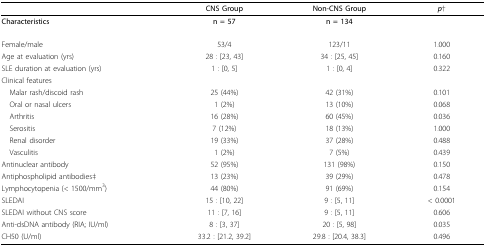
<table><thead><tr><td></td><td><b>CNS Group</b></td><td><b>Non-CNS Group</b></td><td><b><i>p</i>†</b></td></tr><tr><td><b>Characteristics</b></td><td><b>n = 57</b></td><td><b>n = 134</b></td><td></td></tr></thead><tbody><tr><td>Female/male</td><td>53/4</td><td>123/11</td><td>1.000</td></tr><tr><td>Age at evaluation (yrs)</td><td>28 : [23, 43]</td><td>34 : [25, 45]</td><td>0.160</td></tr><tr><td>SLE duration at evaluation (yrs)</td><td>1 : [0, 5]</td><td>1 : [0, 4]</td><td>0.322</td></tr><tr><td>Clinical features</td><td></td><td></td><td></td></tr><tr><td> Malar rash/discoid rash</td><td>25 (44%)</td><td>42 (31%)</td><td>0.101</td></tr><tr><td> Oral or nasal ulcers</td><td>1 (2%)</td><td>13 (10%)</td><td>0.068</td></tr><tr><td> Arthritis</td><td>16 (28%)</td><td>60 (45%)</td><td>0.036</td></tr><tr><td> Serositis</td><td>7 (12%)</td><td>18 (13%)</td><td>1.000</td></tr><tr><td> Renal disorder</td><td>19 (33%)</td><td>37 (28%)</td><td>0.488</td></tr><tr><td> Vasculitis</td><td>1 (2%)</td><td>7 (5%)</td><td>0.439</td></tr><tr><td>Antinuclear antibody</td><td>52 (95%)</td><td>131 (98%)</td><td>0.150</td></tr><tr><td>Antiphospholipid antibodies‡</td><td>13 (23%)</td><td>39 (29%)</td><td>0.478</td></tr><tr><td>Lymphocytopenia (&lt; 1500/mm<sup>3</sup>)</td><td>44 (80%)</td><td>91 (69%)</td><td>0.154</td></tr><tr><td>SLEDAI</td><td>15 : [10, 22]</td><td>9 : [5, 11]</td><td>&lt; 0.0001</td></tr><tr><td>SLEDAI without CNS score</td><td>11 : [7, 16]</td><td>9 : [5, 11]</td><td>0.606</td></tr><tr><td>Anti-dsDNA antibody (RIA; IU/ml)</td><td>8 : [3, 37]</td><td>20 : [5, 98]</td><td>0.035</td></tr><tr><td>CH50 (U/ml)</td><td>33.2 : [21.2, 39.2]</td><td>29.8 : [20.4, 38.3]</td><td>0.496</td></tr></tbody></table>